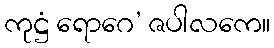
ကုဋ္ဌံ ရောဂေ’ ဇပါလကေ။